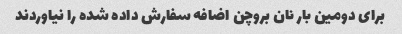
برای دومین بار نان بروچن اضافه سفارش داده شده را نیاوردند